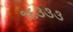
૧૬૩૩૩